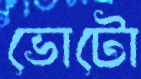
ভোটো